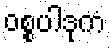
ဝစ္စပါဒုကံ